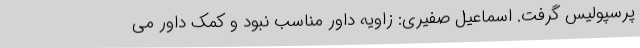
پرسپولیس گرفت. اسماعیل صفیری: زاویه داور مناسب نبود و کمک داور می